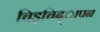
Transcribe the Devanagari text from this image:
चिड़चिद्ापन